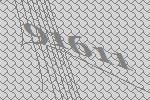
91611